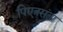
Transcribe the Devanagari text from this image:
पिएत्रसंता